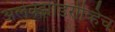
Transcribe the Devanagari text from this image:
अलेक्झांडरोव्हिच